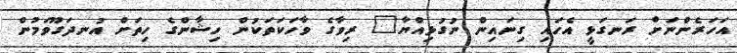
އަހަރެންނަށް ރަނގަޅީ އެހައި ގިނައިން ނުގުޅިއްޔާ" ރިވާގެ ވާހަކަތަކުން ހިޝާންގެ ހިތަށް އުނދަގޫވަމުން